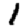
Digit: 1